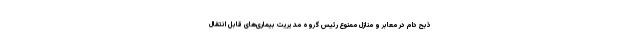
ذبح دام در معابر و منازل ممنوع رئیس گروه مدیریت بیماری‌های قابل انتقال